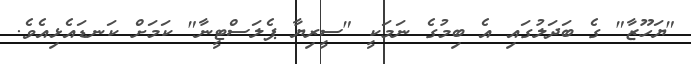
"ޔަހޫޒާ" ގެ ބަދަލުގައި އެ ބިމުގެ ނަމަކީ "ސީރިޔާ ޕެލަސްޓީނާ" ކަމަށް ކަނޑައެޅިއެވެ.